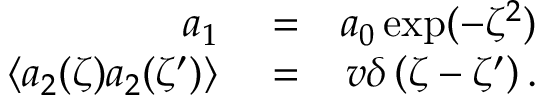
\begin{array} { r l r } { a _ { 1 } } & { { } = } & { a _ { 0 } \exp ( - \zeta ^ { 2 } ) } \\ { \left\langle a _ { 2 } ( \zeta ) a _ { 2 } ( \zeta ^ { \prime } ) \right\rangle } & { { } = } & { v \delta \left( \zeta - \zeta ^ { \prime } \right) . } \end{array}